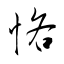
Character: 悋